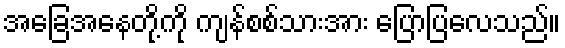
အခြေအနေတို့ကို ကျန်စစ်သားအား ပြောပြလေသည်။